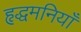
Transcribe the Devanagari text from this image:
हृद्धमनियाँ